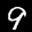
Label: 9